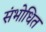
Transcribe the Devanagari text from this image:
संभोधित